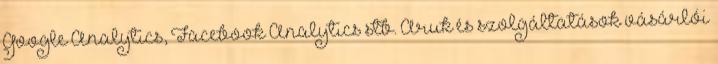
Google Analytics, Facebook Analytics stb. Áruk és szolgáltatások vásárlói